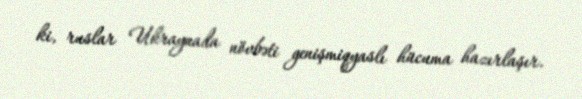
ki, ruslar Ukraynada növbəti genişmiqyaslı hücuma hazırlaşır.